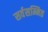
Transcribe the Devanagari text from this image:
सर्वसम्मित